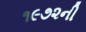
૧૯૭૨ની